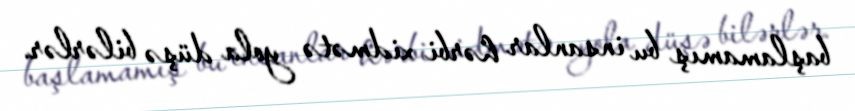
başlamamış bu insanlar hərbi xidmətə yola düşə bilərlər.